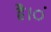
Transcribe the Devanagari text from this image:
है।ं